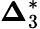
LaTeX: {\boldsymbol{\Delta}}_{3}^{*}